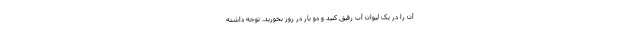
آن را در یک لیوان آب رقیق کنید و دو بار در روز بخورید. توجه داشته